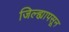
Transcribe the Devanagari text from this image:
जिल्ह्यापसून